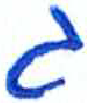
אות: ג